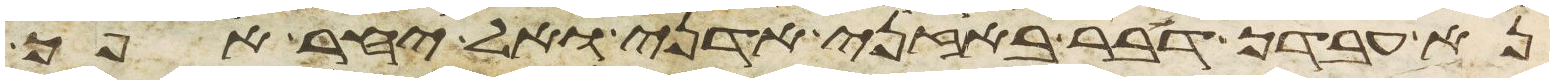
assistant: נא עבדך דבר באזני אדני ואל יחר אפך